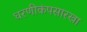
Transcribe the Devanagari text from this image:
धरणीकंपसारखा